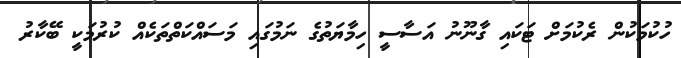
ހުކުމަކުން ރެކުމަށް ޓަކައި ގާނޫނު އަސާސީ ހިމާޔަތުގެ ނަމުގައި މަސައްކަތްތަކެއް ކުރުމަކީ ބޭކާރު